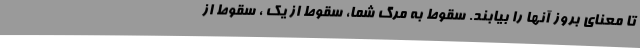
تا معنای بروز آنها را بیابند. سقوط به مرگ شما، سقوط از یک ، سقوط از